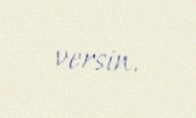
versin.